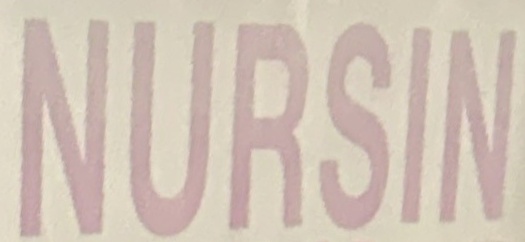
NURSIN